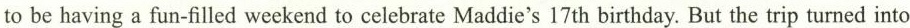
to be having a fun-filled weekend to celebrate Maddie's 17 th birthday. But the trip turned into